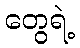
တွေရဲ့